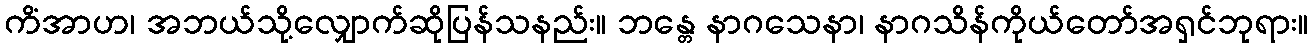
ကိံအာဟ၊ အဘယ်သို့လျှောက်ဆိုပြန်သနည်း။ ဘန္တေ နာဂသေနာ၊ နာဂသိန်ကိုယ်တော်အရှင်ဘုရား။